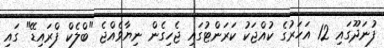
ފުނަދޫގައި 12 އަހަރުގެ ކުއްޖަކު ކަރަންޓުގައި ޖެހިގެން ނިޔާވެއްޖެ "ބްލެކް ފްރައިޑޭ" ގައި